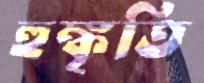
হুঙ্কৃতি